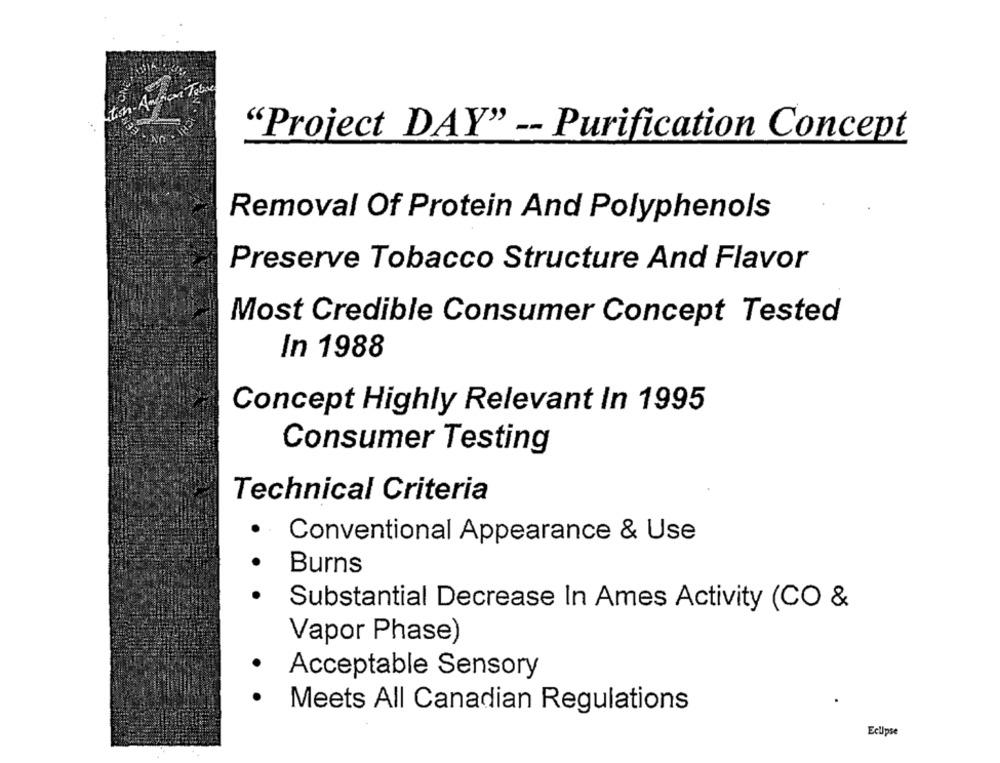
"Project DAY" -- Purification Concept
Removal Of Protein And Polyphenols
Preserve Tobacco Structure And Flavor
Most Credible Consumer Concept Tested
In 1988
Concept Highly Relevant In 1995
Consumer Testing
Technical Criteria
Conventional Appearance & Use
Burns
.
Substantial Decrease In Ames Activity (CO &
Vapor Phase)
Acceptable Sensory
.
Meets All Canadian Regulations
Eclipse